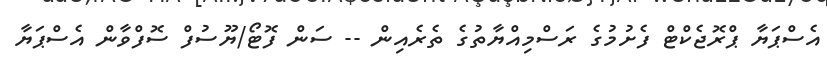
އެސްޕަޔާ ޕްރޮޖެކްޓް ފެށުމުގެ ރަސްމިއްޔާތުގެ ތެރެއިން -- ސަން ފޮޓޯ/ޔޫސުފް ސޮފްވާން އެސްޕަޔާ